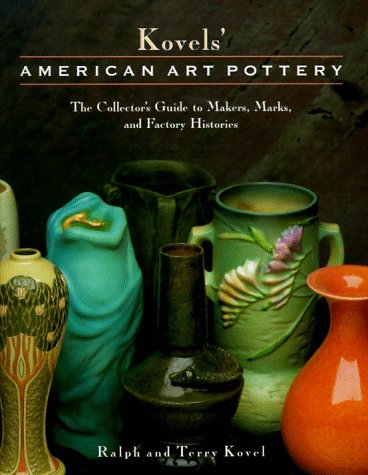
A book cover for Kovels' American Art Pottery: The Collector's Guide to Makers, Marks, and Factory Histories; Ralph Kovel; Crafts, Hobbies & Home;